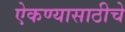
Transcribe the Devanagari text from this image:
ऐकण्यासाठीचे